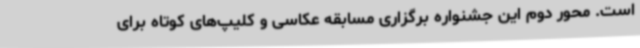
است. محور دوم این جشنواره برگزاری مسابقه عکاسی و کلیپ‌های کوتاه برای